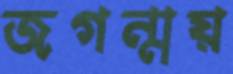
জগন্ময়